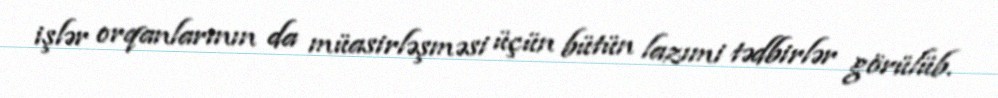
işlər orqanlarının da müasirləşməsi üçün bütün lazımi tədbirlər görülüb.